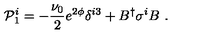
{ \cal P } _ { 1 } ^ { i } = - \frac { \nu _ { 0 } } { 2 } e ^ { 2 \phi } \delta ^ { i 3 } + B ^ { \dagger } \sigma ^ { i } B \ .